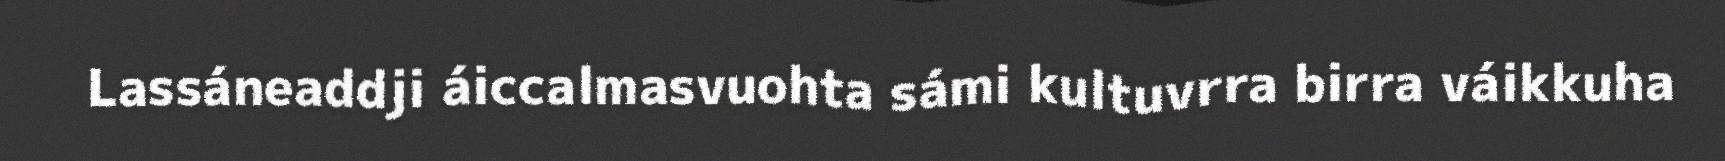
Lassáneaddji áiccalmasvuohta sámi kultuvrra birra váikkuha